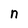
Character: n